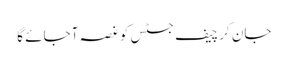
جان کر چیف جسٹس کو غصہ آجائے گا